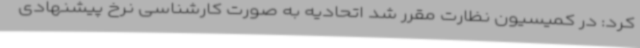
کرد: در کمیسیون نظارت مقرر شد اتحادیه به صورت کارشناسی نرخ پیشنهادی